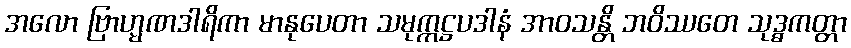
အလော ဗြာဟ္မဏဒါရိကာ မာနုပေတာ သမုက္ကဋ္ဌပဒါနံ အာဝသန္တိ ဘဝိဿတေ သုဒ္ဓကတ္တာ